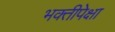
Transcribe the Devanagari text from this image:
भक्तीपेक्षा